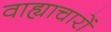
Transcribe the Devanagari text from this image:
वाह्याचारों